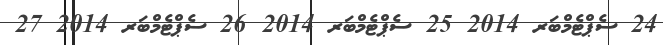
24 ސެޕްޓެމްބަރ 2014 25 ސެޕްޓެމްބަރ 2014 26 ސެޕްޓެމްބަރ 2014 27